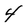
Character: 4